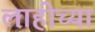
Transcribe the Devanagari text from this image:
लाहीच्या